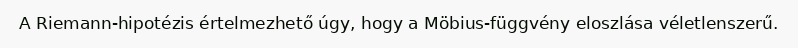
A Riemann-hipotézis értelmezhető úgy, hogy a Möbius-függvény eloszlása véletlenszerű.